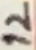
Text: 12